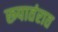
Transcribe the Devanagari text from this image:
रूपातंरात